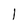
Character: l